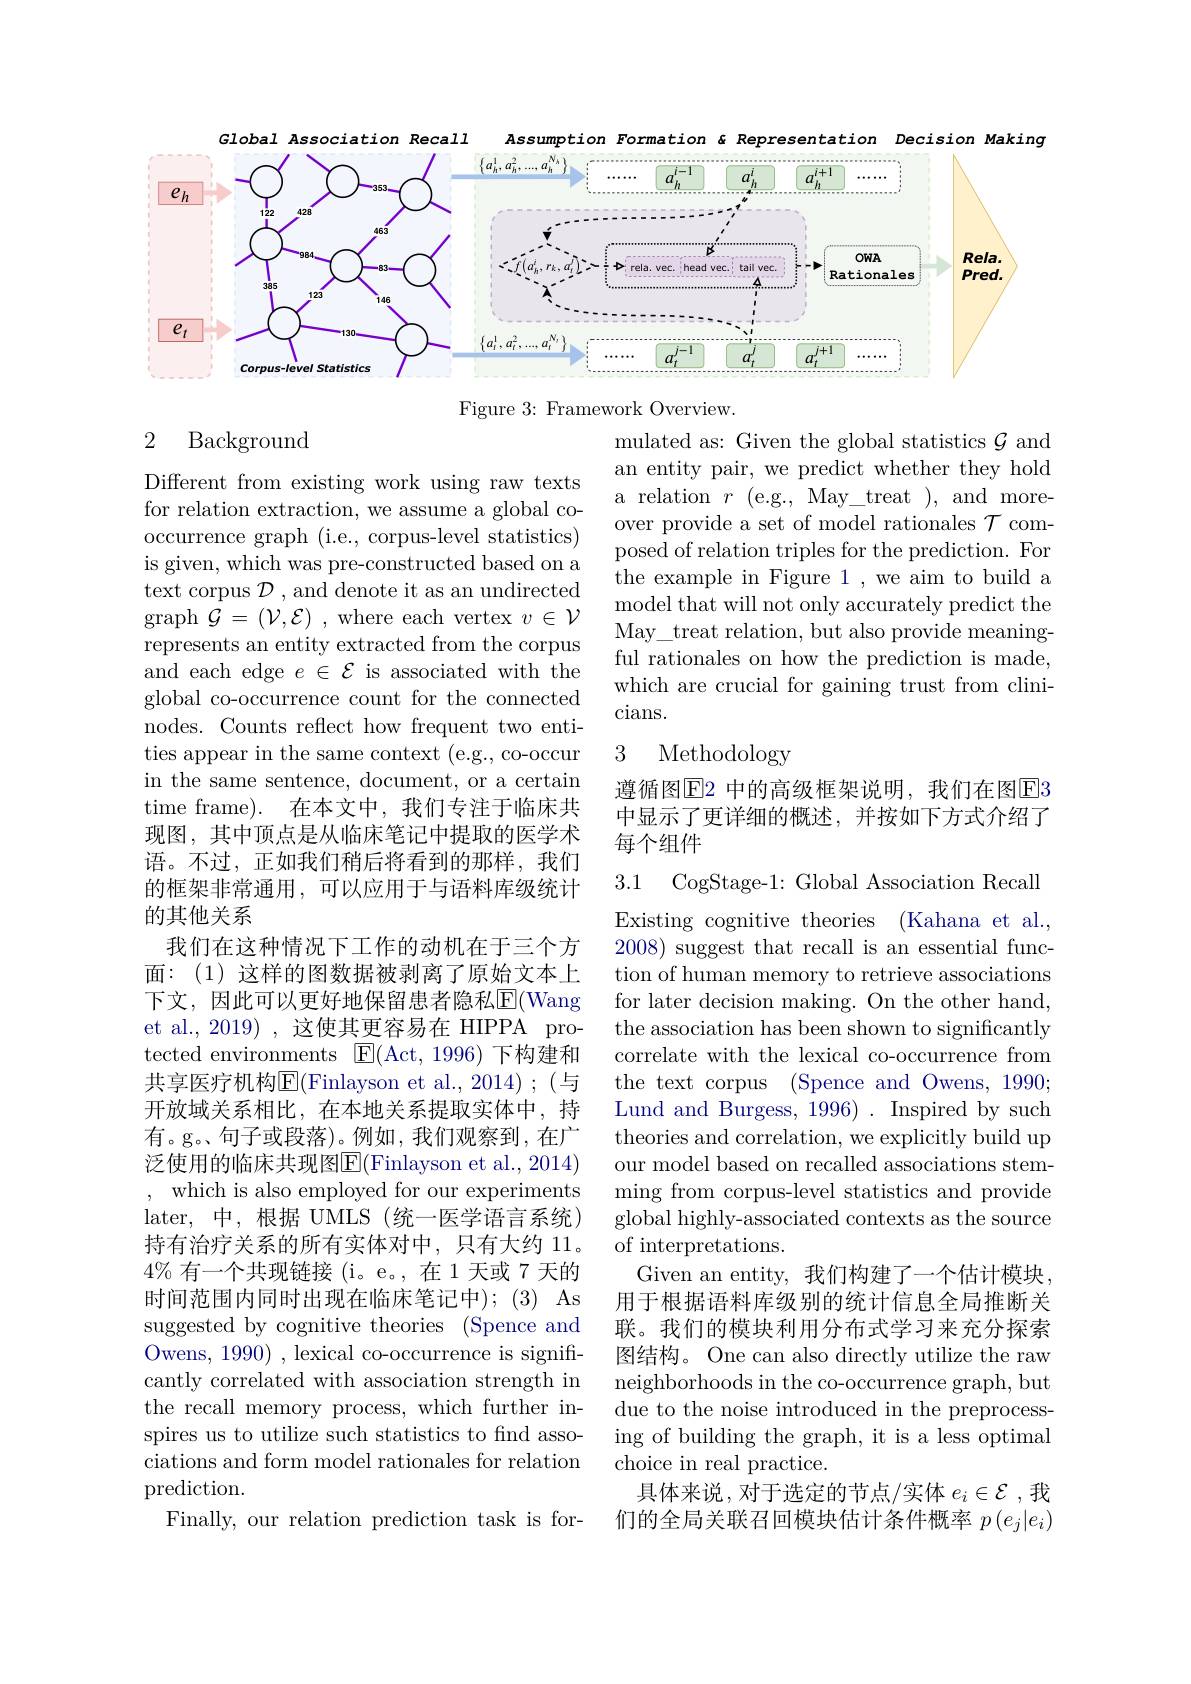
Global Association Recall
Assumption Formation &Representation Decision Making
<FigureHere>

Figure 3: Framework Overview.

### 2 Background

mulated as: Given the global statistics $\mathcal{G}$ and an entity pair, we predict whether they hold a relation $r$ (e.g., May\_treat ), and moreover provide a set of model rationales $\mathcal{T}$ composed of relation triples for the prediction. For the example in Figure 1, we aim to build a model that will not only accurately predict the May\_treat relation, but also provide meaningful rationales on how the prediction is made, which are crucial for gaining trust from clinicians.

## 3 Methodology

遵循图$\mathbb{E}$2 中的高级框架说明，我们在图E3中显示了更详细的概述，并按如下方式介绍了每个组件

3.1 CogStage-1: Global Association Recall

Different from existing work using raw texts for relation extraction, we assume a global cooccurrence graph (i.e., corpus-level statistics) is given, which was pre-constructed based on a text corpus $\mathcal{D}$ , and denote it as an undirected graph $\mathcal{G}=(\mathcal{V},\mathcal{E})$ , where each vertex $v\in\mathcal{V}$ represents an entity extracted from the corpus and each edge $e\in\mathcal{E}$ is associated with the global co-occurrence count for the connected nodes. Counts reflect how frequent two entities appear in the same context (e.g., co-occur in the same sentence, document, or a certain time frame). 在本文中，我们专注于临床共现图，其中顶点是从临床笔记中提取的医学术语。不过，正如我们稍后将看到的那样，我们的框架非常通用，可以应用于与语料库级统计的其他关系
我们在这种情况下工作的动机在于三个方面：(1)这样的图数据被剥离了原始文本上下文，因此可以更好地保留患者隐私$\mathbb{E}($Wang et al., 2019) , 这使其更容易在 HIPPA protected environments $\boxed{\mathrm{E}}($Act,1996)下构建和共享医疗机构E$( Finlayson et al. , 2014) ; ($与开放域关系相比，在本地关系提取实体中，持有。g。句子或段落)。例如，我们观察到，在广泛使用的临床共现图$\overline{\mathrm{E}}($Finlayson et al., 2014) which is also employed for our experiments later, 中，根据 UMLS(统一医学语言系统) 持有治疗关系的所有实体对中，只有大约 11。$4\%$有一个共现链接 (i。e。,在1天或 7 天的时间范围内同时出现在临床笔记中);(3) As suggested by cognitive theories (Spence and Owens, 1990) , lexical co-occurrence is significantly correlated with association strength in the recall memory process, which further inspires us to utilize such statistics to find associations and form model rationales for relation prediction.
Finally, our relation prediction task is for-

Existing cognitive theories (Kahana et al., 2008) suggest that recall is an essential function of human memory to retrieve associations for later decision making. On the other hand, the association has been shown to significantly correlate with the lexical co-occurrence from the text corpus (Spence and Owens, 1990; Lund and Burgess, 1996). Inspired by such theories and correlation, we explicitly build up our model based on recalled associations stemming from corpus-level statistics and provide global highly-associated contexts as the source of interpretations.
Given an entity, 我们构建了一个估计模块， 用于根据语料库级别的统计信息全局推断关联。我们的模块利用分布式学习来充分探索图结构。One can also directly utilize the raw neighborhoods in the co-occurrence graph, but due to the noise introduced in the preprocessing of building the graph, it is a less optimal choice in real practice.
具体来说，对于选定的节点/实体$e_i\in\mathcal{E}$ ,我们的全局关联召回模块估计条件概率$p\left(e_j|e_i\right)$